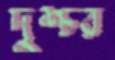
দুশ্চর